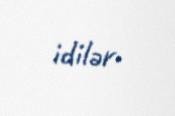
idilər.